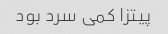
پیتزا کمی سرد بود